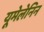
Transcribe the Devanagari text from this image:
यूमेलेनिन